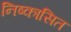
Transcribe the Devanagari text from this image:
निष्कासित